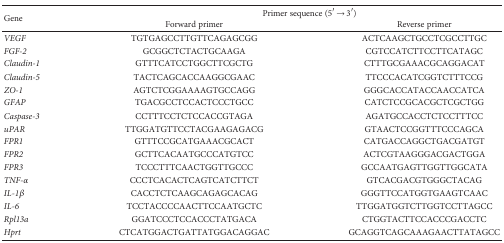
<table><thead><tr><td rowspan="2"><b>Gene</b></td><td colspan="2"><b>Primer sequence (5′ → 3′)</b></td></tr><tr><td><b>Forward primer</b></td><td><b>Reverse primer</b></td></tr></thead><tbody><tr><td><i>VEGF</i></td><td>TGTGAGCCTTGTTCAGAGCGG</td><td>ACTCAAGCTGCCTCGCCTTGC</td></tr><tr><td><i>FGF-2</i></td><td>GCGGCTCTACTGCAAGA</td><td>CGTCCATCTTCCTTCATAGC</td></tr><tr><td><i>Claudin-1</i></td><td>GTTTCATCCTGGCTTCGCTG</td><td>CTTTGCGAAACGCAGGACAT</td></tr><tr><td><i>Claudin-5</i></td><td>TACTCAGCACCAAGGCGAAC</td><td>TTCCCACATCGGTCTTTCCG</td></tr><tr><td><i>ZO-1</i></td><td>AGTCTCGGAAAAGTGCCAGG</td><td>GGGCACCATACCAACCATCA</td></tr><tr><td><i>GFAP</i></td><td>TGACGCCTCCACTCCCTGCC</td><td>CATCTCCGCACGCTCGCTGG</td></tr><tr><td><i>Caspase-3</i></td><td>CCTTTCCTCTCCACCGTAGA</td><td>AGATGCCACCTCTCCTTTCC</td></tr><tr><td><i>uPAR</i></td><td>TTGGATGTTCCTACGAAGAGACG</td><td>GTAACTCCGGTTTCCCAGCA</td></tr><tr><td><i>FPR1</i></td><td>GTTTCCGCATGAAACGCACT</td><td>CATGACCAGGCTGACGATGT</td></tr><tr><td><i>FPR2</i></td><td>GCTTCACAATGCCCATGTCC</td><td>ACTCGTAAGGGACGACTGGA</td></tr><tr><td><i>FPR3</i></td><td>TCCCTTTCAACTGGTTGCCC</td><td>GCCAATGAGTTGGTTGGCATA</td></tr><tr><td><i>TNF-α</i></td><td>CCCTCACACTCAGTCATCTTCT</td><td>GTCACGACGTGGGCTACAG</td></tr><tr><td><i>IL-1β</i></td><td>CACCTCTCAAGCAGAGCACAG</td><td>GGGTTCCATGGTGAAGTCAAC</td></tr><tr><td><i>IL-6</i></td><td>TCCTACCCCAACTTCCAATGCTC</td><td>TTGGATGGTCTTGGTCCTTAGCC</td></tr><tr><td><i>Rpl13a</i></td><td>GGATCCCTCCACCCTATGACA</td><td>CTGGTACTTCCACCCGACCTC</td></tr><tr><td><i>Hprt</i></td><td>CTCATGGACTGATTATGGACAGGAC</td><td>GCAGGTCAGCAAAGAACTTATAGCC</td></tr></tbody></table>